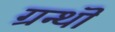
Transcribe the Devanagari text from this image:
ग्रन्थॊ